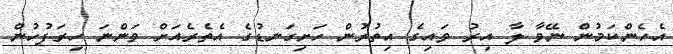
އެހެންކަމުން ނޭވާ ލާ އިރު ވައިގެ އިތުރުން ހަށިގަނޑުގެ އެތެރެއަށް ވަންނަ ހިރަފުހުން